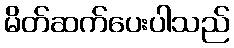
မိတ်ဆက်ပေးပါသည်